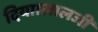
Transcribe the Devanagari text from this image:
दिया।लालजी